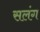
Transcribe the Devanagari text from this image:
सलंग